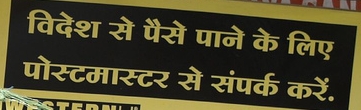
Language: hindi
Transcription: पैसे पोस्टमास्टर संपर्क करें विदेश से पाने के लिए से